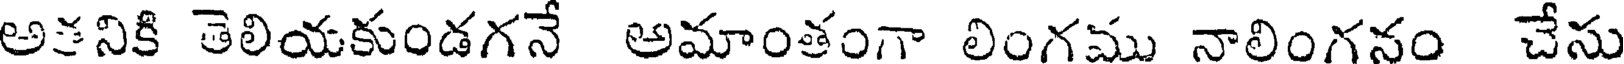
అకనికి తెలియకుండగనే అమాంతంగా లింగము నాలింగనం చేసు